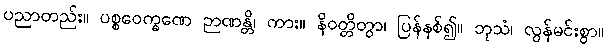
ပညာတည်း။ ပစ္စဝေက္ခဏေ ဉာဏန္တိ၊ ကား။ နိဝတ္တိတွာ၊ ပြန်နစ်၍။ ဘုသံ၊ လွန်မင်းစွာ။